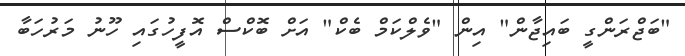
"ބަޖްރަންގީ ބައިޖާން" އިން "ވެލްކަމް ބެކް" އަށް ބޮކްސް އޮފީހުގައި ހޫނު މަރުހަބާ